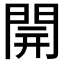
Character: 𨴂